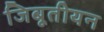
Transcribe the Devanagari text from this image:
जिबूतीयन